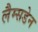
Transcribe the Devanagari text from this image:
लैम्सडेन